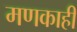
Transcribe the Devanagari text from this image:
मणकाही